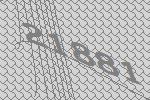
21881